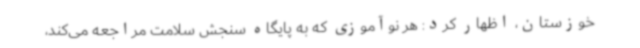
خوزستان، اظهار کرد: هر نوآموزی که به پایگاه سنجش سلامت مراجعه می‌کند،